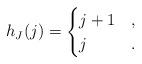
LaTeX: \begin{align*} h_J (j) = \begin{cases} j+1 &,\\ j &. \end{cases}\end{align*}